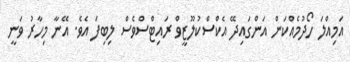
އަމިއްލަ ހޯދުމެއްކަން އަންގައިދޭ އެކްސްކުލޫޒީވް ރައިޓްސްވެސް ލިބިފަ އެވެ. އޭނާ މިހާރު ވަނީ